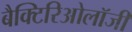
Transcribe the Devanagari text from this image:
बैक्टिरिओलॉजी